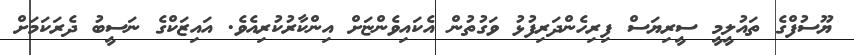
ޔޫސުފްގެ ތައުލީމީ ސީރިޔަސް ފިރިހެންދަރިފުޅު ވަގުތުން އެކައިވެންޏަށް އިންކާރުކުރިއެވެ. އައިޒަކްގެ ނަސީބު ދެރަކަމަށް